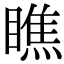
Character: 瞧